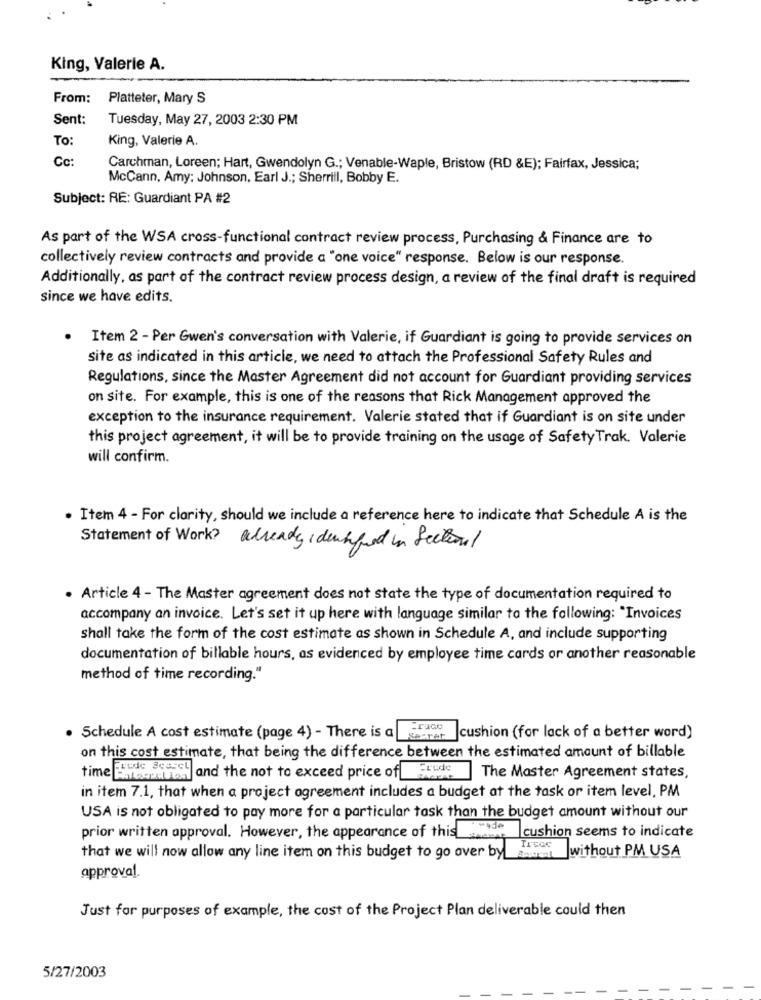
King, Valerie A.
From:
Platteter, Mary S
Sent:
Tuesday, May 27, 2003 2:30 PM
To:
King, Valerie A.
Cc:
Carchman, Loreen; Hart, Gwendolyn G .; Venable-Waple, Bristow (RD &E); Fairfax, Jessica;
McCann, Amy: Johnson, Earl J .; Sherrill, Bobby E.
Subject: RE: Guardiant PA #2
As part of the WSA cross-functional contract review process, Purchasing & Finance are to
collectively review contracts and provide a "one voice" response. Below is our response.
Additionally, as part of the contract review process design, a review of the final draft is required
since we have edits.
Item 2 - Per Gwen's conversation with Valerie, if Guardiant is going to provide services on
site as indicated in this article, we need to attach the Professional Safety Rules and
Regulations, since the Master Agreement did not account for Guardiant providing services
on site. For example, this is one of the reasons that Rick Management approved the
exception to the insurance requirement. Valerie stated that if Guardiant is on site under
this project agreement, it will be to provide training on the usage of Safety Trak. Valerie
will confirm.
. Item 4 - For clarity, should we include a reference here to indicate that Schedule A is the
Statement of Work? already Identified in Section
. Article 4 - The Master agreement does not state the type of documentation required to
accompany an invoice. Let's set it up here with language similar to the following: "Invoices
shall take the form of the cost estimate as shown in Schedule A, and include supporting
documentation of billable hours, as evidenced by employee time cards or another reasonable
method of time recording."
Fraco
. Schedule A cost estimate (page 4) - There is a
Secret
cushion (for lack of a better word)
on this cost estimate, that being the difference between the estimated amount of billable
Frede Sessel
time Harcamavesti and the not to exceed price of Ere
The Master Agreement states,
in item 7.1, that when a project agreement includes a budget at the task or item level, PM
USA is not obligated to pay more for a particular task than the budget amount without our
prior written approval. However, the appearance of this ___
cushion seems to indicate
Trece
that we will now allow any line item on this budget to go over by autres
without PM USA
approval.
Just for purposes of example, the cost of the Project Plan deliverable could then
5/27/2003